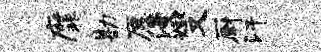
縻勘愿漫燮厨汗